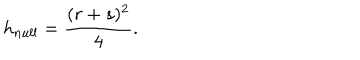
h _ { n u l l } = \frac { ( r + s ) ^ { 2 } } { 4 } .